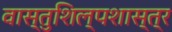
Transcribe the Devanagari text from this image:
वास्तुशिल्पशास्त्र